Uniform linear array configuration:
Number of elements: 48
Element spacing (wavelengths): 0.75
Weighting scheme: hamming
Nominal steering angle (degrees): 45
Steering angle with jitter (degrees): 45.526
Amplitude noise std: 0.05
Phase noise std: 0.05

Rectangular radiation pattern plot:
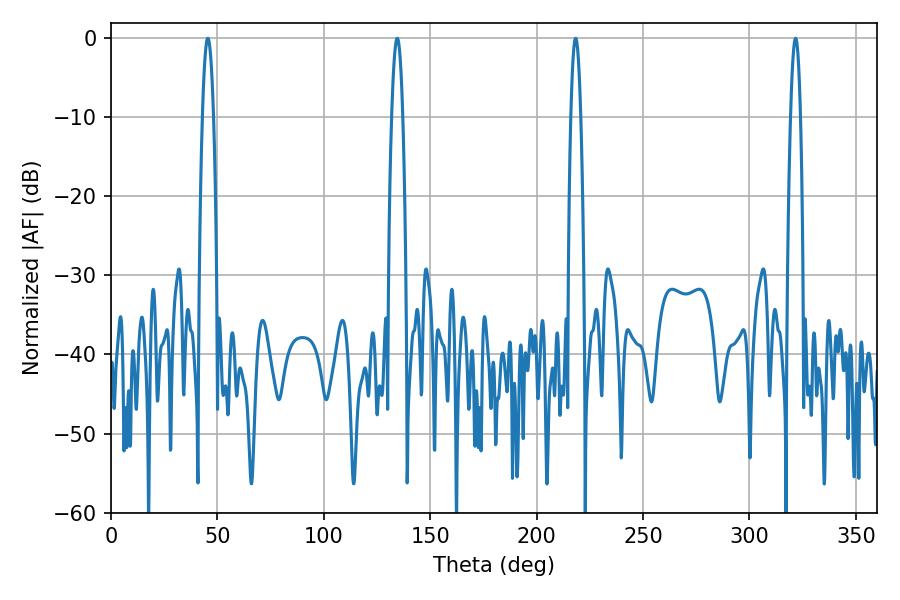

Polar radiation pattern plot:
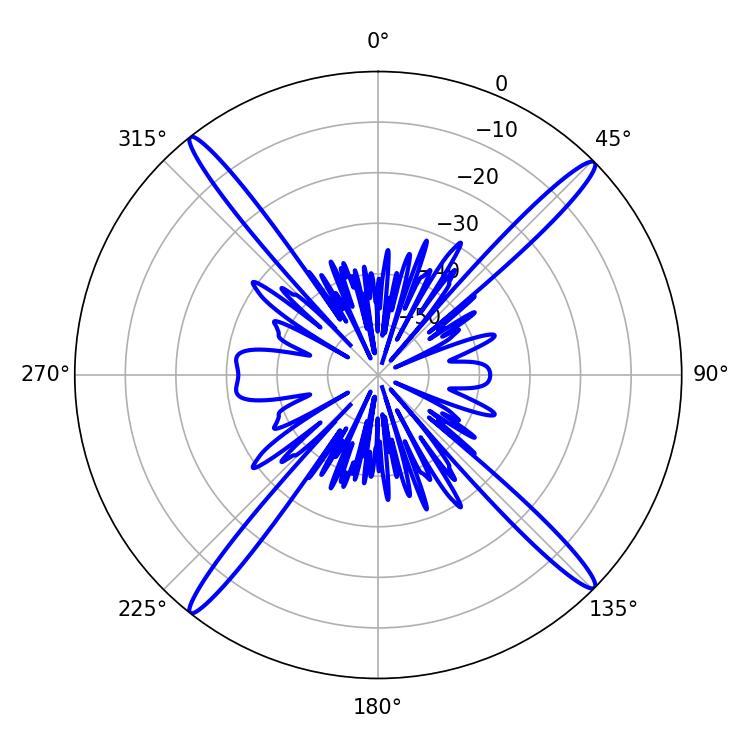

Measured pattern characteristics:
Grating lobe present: TRUE
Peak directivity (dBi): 20.679
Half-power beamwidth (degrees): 2.52
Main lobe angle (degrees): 321.66